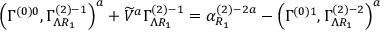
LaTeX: \left( \Gamma _ { } ^ { \left( 0 \right) 0 } , \Gamma _ { \Lambda R _ { 1 } } ^ { \left( 2 \right) - 1 } \right) ^ { a } + \widetilde { V } ^ { a } \Gamma _ { \Lambda R _ { 1 } } ^ { \left( 2 \right) - 1 } = \alpha _ { R _ { 1 } } ^ { \left( 2 \right) - 2 a } - \left( \Gamma _ { } ^ { \left( 0 \right) 1 } , \Gamma _ { \Lambda R _ { 1 } } ^ { \left( 2 \right) - 2 } \right) ^ { a }